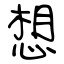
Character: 想